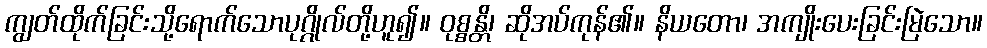
ကျွတ်ထိုက်ခြင်းသို့ရောက်သောပုဂ္ဂိုလ်တို့ဟူ၍။ ဝုစ္စန္တိ၊ ဆိုအပ်ကုန်၏။ နိယတော၊ အကျိုးပေးခြင်းမြဲသော။